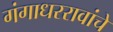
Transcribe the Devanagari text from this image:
गंगाधररावांचे